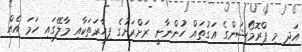
އަދި މި ޕްރޮމޯޝަންގެ އަގުތައް ހުންނާނީ ރަށްރަށުގެ ފިހާރަތަކާއި މާލޭގައި ހަމަ އެއް